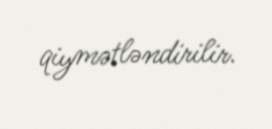
qiymətləndirilir.